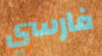
فارسي